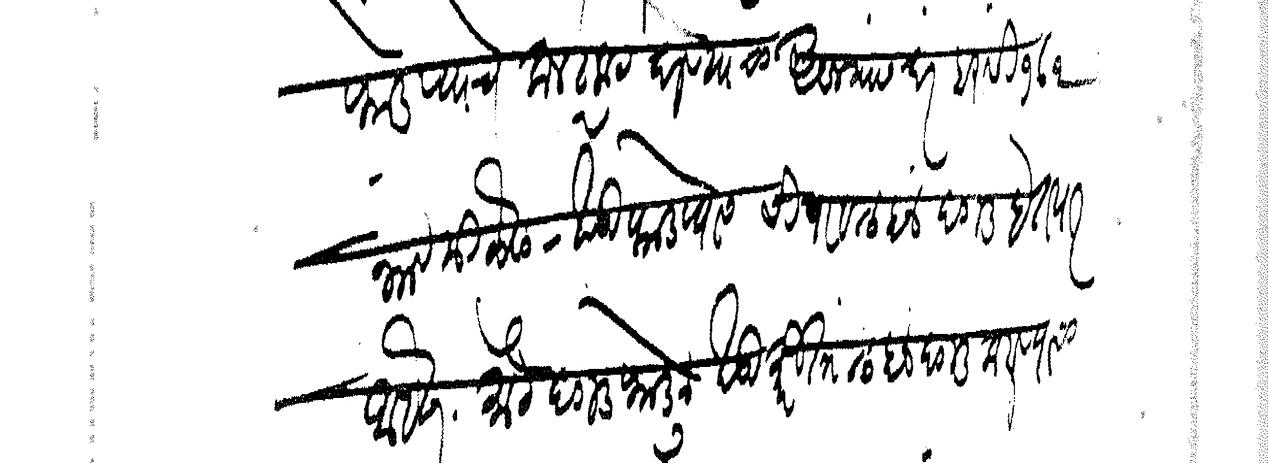
Transliteration (Devanagari): फोडण्याचे कनट्रकट कॉन्ट्रेक्ट घेण्याचा असल्यास दरबरासी ब्रास १७६ भाव मिळेल खड़ी फोडण्यास चिपा व लहान दगड हे तयार आहेत मोठे दगड फोडून खडीकरिता लहान दगड करण्याची